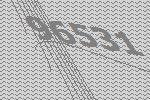
96531